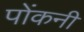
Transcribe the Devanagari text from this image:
पोंकनी